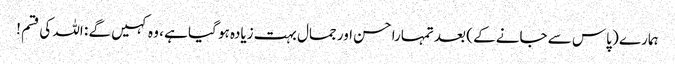
ہمارے ( پاس سے جانے کے ) بعد تمہارا حسن اور جمال بہت زیادہ ہو گیا ہے ، وہ کہیں گے : اللہ کی قسم !